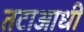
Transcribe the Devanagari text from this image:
तटाआधी